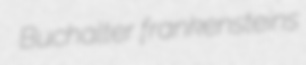
Buchalter frankensteins